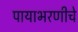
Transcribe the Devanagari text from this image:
पायाभरणीचे